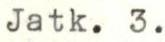
Jatk. 3.